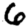
Digit: 6